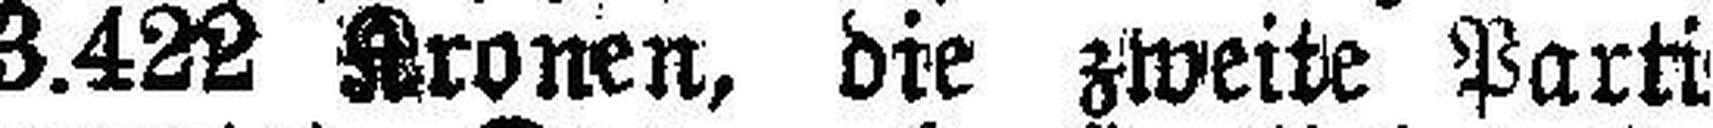
erste Partie auf 53.422 Kronen, die zweite Partie